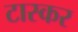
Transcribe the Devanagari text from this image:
टास्कर